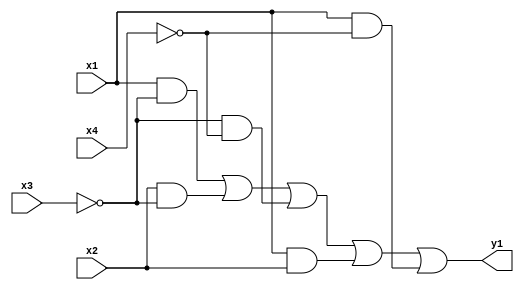
/*************************
 * Derek Prince          *
 * Problem Set #5        *
 * Problem 2             *
 * Circuit 1 description *
*************************/

module circuit_01(y1, x1, x2, x3, x4);
  // I/O
  output y1;
  input x1, x2, x3, x4;
  
  // structure
  // nots
  not (nx3, x3), (nx4, x4);
  // minterms
  and (a, x1, nx3);
  and (b, x2, nx3);
  and (c, nx3, nx4);
  and (d, x1, x2);
  and (e, x1, nx4);
  // sum
  or (y1, a, b, c, d, e);
  
endmodule //circuit_01